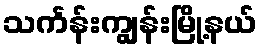
သင်္ကန်းကျွန်းမြို့နယ်